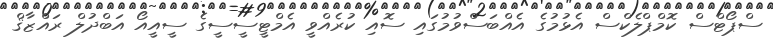
ސްޕޯޓްސް ކޮމްޕްލެކްސް އެޅުމުގެ އެއްބަސްވުމުގައި ސޮއި ކުރެއްވީ އެމްޓީސީސީގެ ސީއީއޯ އަބްދުލް ރައްޒާޤް